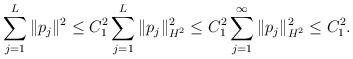
LaTeX: \begin{align*}\sum_{j=1}^L\|p_j\|^2\le C_1^2 \sum_{j=1}^L\|p_j\|_{H^2}^2\le C_1^2 \sum_{j=1}^\infty\|p_j\|_{H^2}^2\le C_1^2.\end{align*}